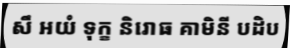
សឹ អយំ ទុក្ខ និរោធ គាមិនី បដិប